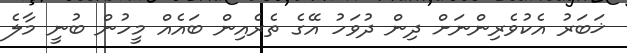
ޚަބަރު އެކުވެރިންނަށް ދިން ދުވަހު އޭގެ ތެރެއިން ބައެއް މީހުން ބުނީ މާލެ